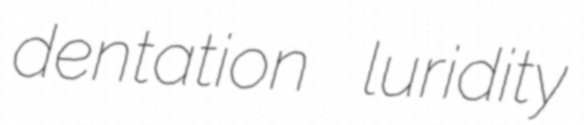
dentation luridity